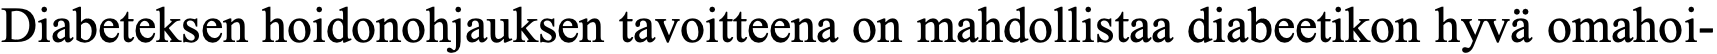
Diabeteksen hoidonohjauksen tavoitteena on mahdollistaa diabeetikon hyvä omahoi-